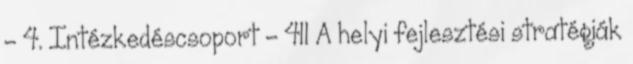
- 4. Intézkedéscsoport - 411 A helyi fejlesztési stratégiák